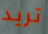
تريد